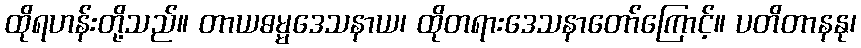
ထိုရဟန်းတို့သည်။ တာယဓမ္မဒေသနာယ၊ ထိုတရားဒေသနာတော်ကြောင့်။ ပတိတာနနု၊